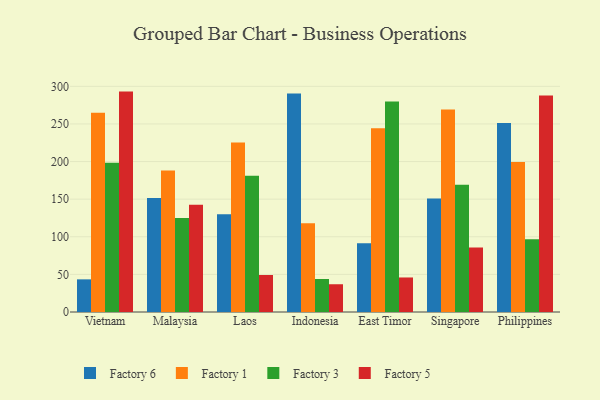
{"axis": {"x": "Country", "y": "Net Income (USD K)"}, "legend": ["Factory 1", "Factory 3", "Factory 5", "Factory 6"], "data": [{"x": "Vietnam", "y": 43.4, "type": "Factory 6"}, {"x": "Vietnam", "y": 265.0, "type": "Factory 1"}, {"x": "Vietnam", "y": 198.4, "type": "Factory 3"}, {"x": "Vietnam", "y": 293.0, "type": "Factory 5"}, {"x": "Malaysia", "y": 151.6, "type": "Factory 6"}, {"x": "Malaysia", "y": 188.1, "type": "Factory 1"}, {"x": "Malaysia", "y": 124.8, "type": "Factory 3"}, {"x": "Malaysia", "y": 142.6, "type": "Factory 5"}, {"x": "Laos", "y": 129.8, "type": "Factory 6"}, {"x": "Laos", "y": 225.3, "type": "Factory 1"}, {"x": "Laos", "y": 181.2, "type": "Factory 3"}, {"x": "Laos", "y": 49.2, "type": "Factory 5"}, {"x": "Indonesia", "y": 290.4, "type": "Factory 6"}, {"x": "Indonesia", "y": 117.9, "type": "Factory 1"}, {"x": "Indonesia", "y": 43.9, "type": "Factory 3"}, {"x": "Indonesia", "y": 36.9, "type": "Factory 5"}, {"x": "East Timor", "y": 91.5, "type": "Factory 6"}, {"x": "East Timor", "y": 244.3, "type": "Factory 1"}, {"x": "East Timor", "y": 279.7, "type": "Factory 3"}, {"x": "East Timor", "y": 45.9, "type": "Factory 5"}, {"x": "Singapore", "y": 151.0, "type": "Factory 6"}, {"x": "Singapore", "y": 269.3, "type": "Factory 1"}, {"x": "Singapore", "y": 169.3, "type": "Factory 3"}, {"x": "Singapore", "y": 85.8, "type": "Factory 5"}, {"x": "Philippines", "y": 251.3, "type": "Factory 6"}, {"x": "Philippines", "y": 199.5, "type": "Factory 1"}, {"x": "Philippines", "y": 96.6, "type": "Factory 3"}, {"x": "Philippines", "y": 287.8, "type": "Factory 5"}]}